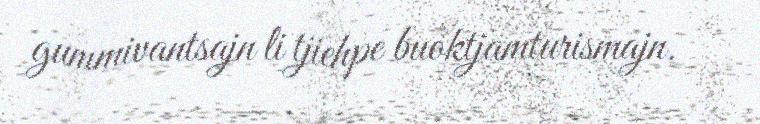
gummivantsajn li tjiehpe buoktjamturismajn.